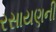
રસાયણની